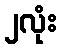
၂လုံး